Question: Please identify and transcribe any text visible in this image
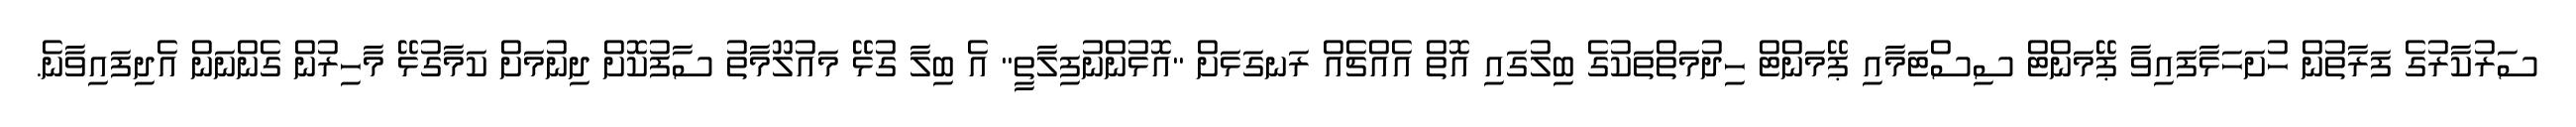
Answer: ސަރުކާރުގެ ފަރާތުން ހުށަހަޅާފައިވާ ޕޭމަންޓް ސިސްޓަމާއި ޕޭމަންޓް ހިދުމަތްތަކުގެ ބިލުގައި އޮތް އެއްޗެއް ރަނގަޅަށް "އޮޅުންނުފިލާތީ" އެ ބިލާ ގުޅޭ މައުލޫމާތު ސާފުކޮށް ދިނުމަށް ކަމާގުޅޭ މާހިރުން ގެންނަން އެދިފައިވާނެ.